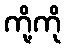
ကို့ကို